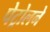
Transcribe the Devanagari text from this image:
पेट्रोलने